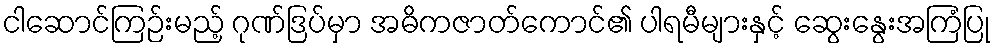
ငါဆောင်ကြဉ်းမည့် ဂုဏ်ဒြပ်မှာ အဓိကဇာတ်ကောင်၏ ပါရမီများနှင့် ဆွေးနွေးအကြံပြု